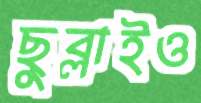
ছুব্‌লাইও